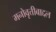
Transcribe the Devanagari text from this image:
मनोवृत्तीबाद्दल